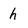
Character: h